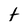
Character: t